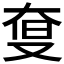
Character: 𡘨